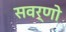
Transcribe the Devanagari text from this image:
सवर्णो